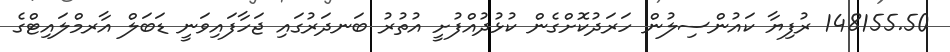
148155.50 ރުފިޔާ ކައުންސިލުން ހަރަދުކޮށްގެން ކުޅުދުއްފުށީ އުތުރު ބަނދަރުގައި ޖަހާފައިވަނީ ޑަބަލް އާރމްލައިޓްގެ